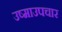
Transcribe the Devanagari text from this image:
उष्माउपचार